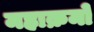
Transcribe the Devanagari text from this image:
महाक्रमो